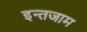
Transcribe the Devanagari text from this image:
इन्‍तजाम